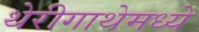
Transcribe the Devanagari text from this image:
थेरीगाथेमध्ये